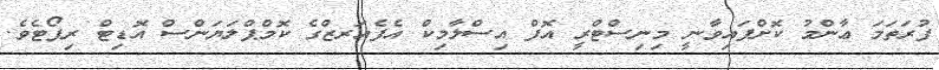
ފުރަތަމަ ޢާންމު ކޮށްފައިވާނީ މިނިސްޓްރީ އޮފް އިސްލާމިކް އެފެއަރޒްގެ ކޮމްޕްލަޔަންސް އޮޑިޓް ރިޕޯޓެވެ.